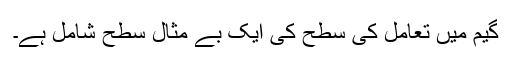
گیم میں تعامل کی سطح کی ایک بے مثال سطح شامل ہے۔